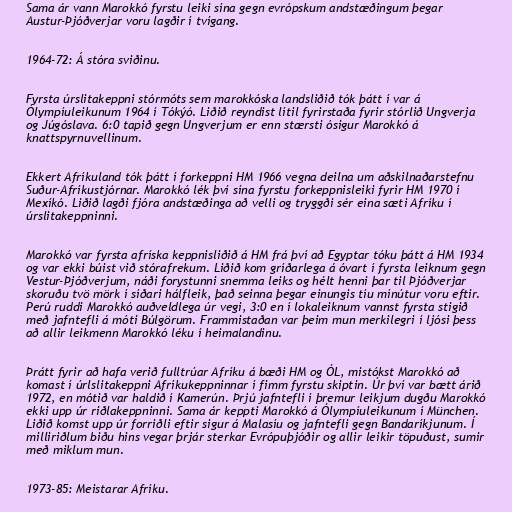
Sama ár vann Marokkó fyrstu leiki sína gegn evrópskum andstæðingum þegar
Austur-Þjóðverjar voru lagðir í tvígang.

1964-72: Á stóra sviðinu.

Fyrsta úrslitakeppni stórmóts sem marokkóska landsliðið tók þátt í var á
Ólympíuleikunum 1964 í Tókýó. Liðið reyndist lítil fyrirstaða fyrir stórlið Ungverja
og Júgóslava. 6:0 tapið gegn Ungverjum er enn stærsti ósigur Marokkó á
knattspyrnuvellinum.

Ekkert Afríkuland tók þátt í forkeppni HM 1966 vegna deilna um aðskilnaðarstefnu
Suður-Afríkustjórnar. Marokkó lék því sína fyrstu forkeppnisleiki fyrir HM 1970 í
Mexíkó. Liðið lagði fjóra andstæðinga að velli og tryggði sér eina sæti Afríku í
úrslitakeppninni.

Marokkó var fyrsta afríska keppnisliðið á HM frá því að Egyptar tóku þátt á HM 1934
og var ekki búist við stórafrekum. Liðið kom gríðarlega á óvart í fyrsta leiknum gegn
Vestur-Þjóðverjum, náði forystunni snemma leiks og hélt henni þar til Þjóðverjar
skoruðu tvö mörk í síðari hálfleik, það seinna þegar einungis tíu mínútur voru eftir.
Perú ruddi Marokkó auðveldlega úr vegi, 3:0 en í lokaleiknum vannst fyrsta stigið
með jafntefli á móti Búlgörum. Frammistaðan var þeim mun merkilegri í ljósi þess
að allir leikmenn Marokkó léku í heimalandinu.

Þrátt fyrir að hafa verið fulltrúar Afríku á bæði HM og ÓL, mistókst Marokkó að
komast í úrlslitakeppni Afríkukeppninnar í fimm fyrstu skiptin. Úr því var bætt árið
1972, en mótið var haldið í Kamerún. Þrjú jafntefli í þremur leikjum dugðu Marokkó
ekki upp úr riðlakeppninni. Sama ár keppti Marokkó á Ólympíuleikunum í München.
Liðið komst upp úr forriðli eftir sigur á Malasíu og jafntefli gegn Bandaríkjunum. Í
milliriðlum biðu hins vegar þrjár sterkar Evrópuþjóðir og allir leikir töpuðust, sumir
með miklum mun.

1973-85: Meistarar Afríku.